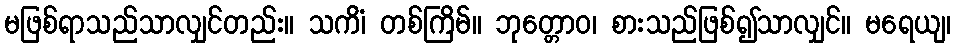
မဖြစ်ရာသည်သာလျှင်တည်း။ သကိံ၊ တစ်ကြိမ်။ ဘုတ္တောဝ၊ စားသည်ဖြစ်၍သာလျှင်။ မရေယျ၊